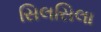
સિલસિલા